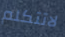
لاتتكلم